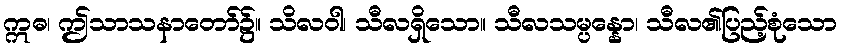
ဣဓ၊ ဤသာသနာတော်၌။ သိလဝါ၊ သီလရှိသော။ သီလသမ္ပန္နော၊ သီလ၏ပြည့်စုံသော